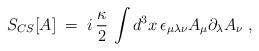
LaTeX: \begin{align*}S_{CS} [A]\;=\; i \,\frac{\kappa}{2}\,\int d^3x \, \epsilon_{\mu\lambda\nu} A_\mu \partial_\lambda A_\nu \;,\end{align*}